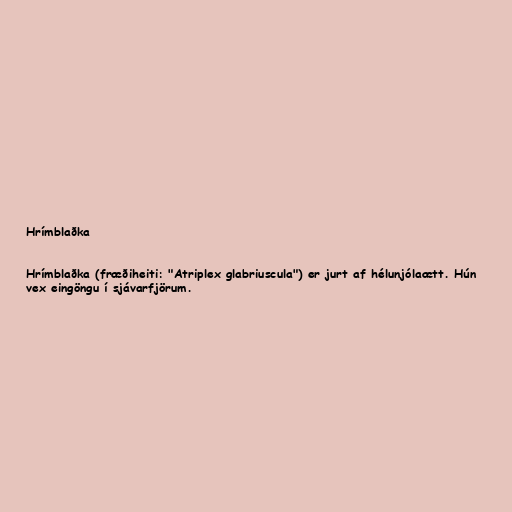
Hrímblaðka

Hrímblaðka (fræðiheiti: "Atriplex glabriuscula") er jurt af hélunjólaætt. Hún
vex eingöngu í sjávarfjörum.